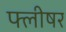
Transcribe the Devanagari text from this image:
फ्लीषर